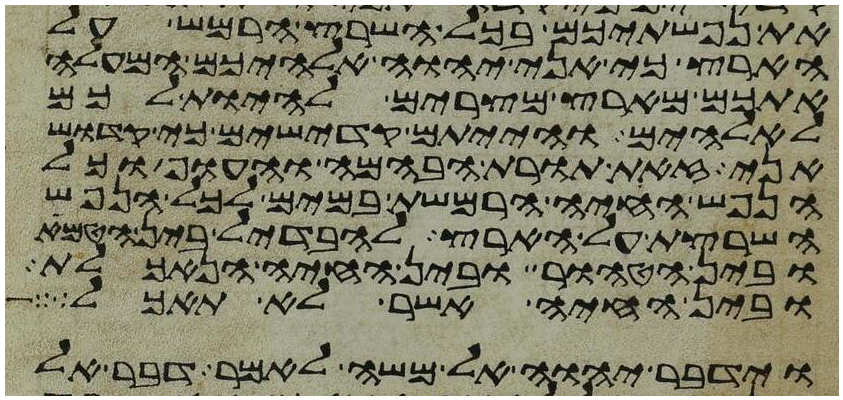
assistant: את נפשתיכם בכל השרץ הרמש על
הארץ כי אני יהוה אלהיכם המעלה
אתכם מארץ מצרים להיות לכם
לאלהים והייתם קדישים כי קדוש
אני זאת תורת הבהמה והעוף וכל
הנפש החיה הרמשת במים לכל הנפש
השרצת על הארץ להבדיל בין הטמא
ובין הטהור ובין החיה הנאכלת
ובין החיה אשר לא תאכל
וידבר יהוה אל משה לאמר דבר אל